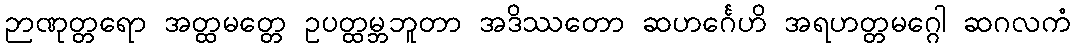
ဉာဏုတ္တရော အတ္ထမတ္တေ ဥပတ္ထမ္ဘဘူတာ အဒိဿတော ဆဟင်္ဂေဟိ အရဟတ္တမဂ္ဂေါ ဆဂလကံ